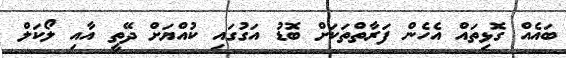
ބައެއް ގޮޅިތައް އެހެން ފަރާތްތަކަށް ބޮޑު އަގުގައި ކުއްޔަށް ދޭތީ އާއި ލޯކަލް